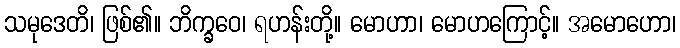
သမုဒေတိ၊ ဖြစ်၏။ ဘိက္ခဝေ၊ ရဟန်းတို့။ မောဟာ၊ မောဟကြောင့်။ အမောဟော၊